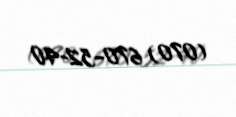
(070) 670-52-40